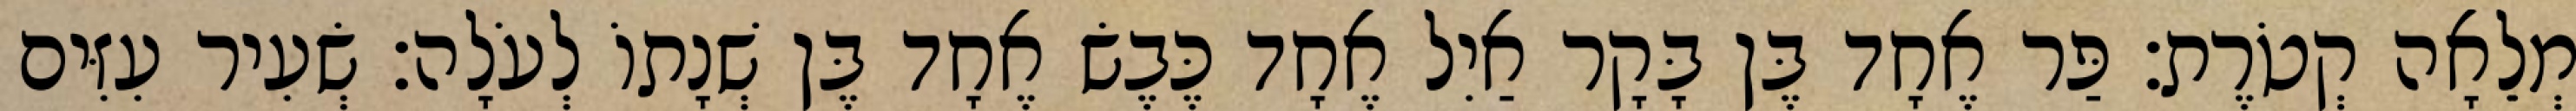
מְלֵאָה קְטֹרֶת׃ פַּר אֶחָד בֶּן בָּקָר אַיִל אֶחָד כֶּבֶשׂ אֶחָד בֶּן שְׁנָתוֹ לְעֹלָה׃ שְׂעִיר עִזִּים